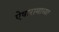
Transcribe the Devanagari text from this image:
ऐषारामाच्या